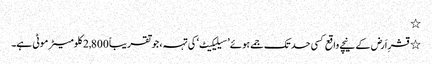
٭
٭ قشرِ اَرض کے نیچے واقع کسی حد تک جمے ہوئے ’سیلیکیٹ‘ کی تہہ، جو تقریباً 2,800 کلومیٹر موٹی ہے۔